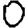
Digit: 0